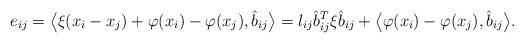
LaTeX: \begin{align*}e_{ij} = \big\langle \xi(x_i - x_j) + \varphi(x_i) - \varphi(x_j), \hat{b}_{ij}\big\rangle = l_{ij} \hat{b}_{ij}^T \xi \hat{b}_{ij} + \big\langle \varphi(x_i) - \varphi(x_j), \hat{b}_{ij}\big\rangle.\end{align*}